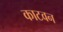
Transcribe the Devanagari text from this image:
काटवन